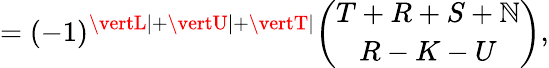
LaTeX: =(-1)^{\vertL\vert+\vertU\vert+\vertT\vert}{\binom{T+R+S+\mathbb{N}}{R-K-U}},